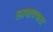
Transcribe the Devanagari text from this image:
लावावयास